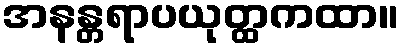
အနန္တရာပယုတ္ထကထာ။